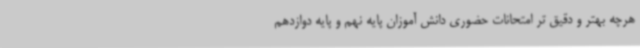
هرچه بهتر و دقیق تر امتحانات حضوری دانش آموزان پایه نهم و پایه دوازدهم